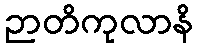
ဉာတိကုလာနိ